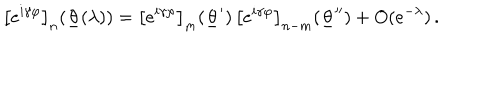
LaTeX: \left[ e ^ { i \gamma \varphi } \right] _ { n } ( \underline { { { \theta } } } ( \lambda ) ) = \left[ e ^ { i \gamma \varphi } \right] _ { m } ( \underline { { { \theta } } } ^ { \prime } ) \, \left[ e ^ { i \gamma \varphi } \right] _ { n - m } ( \underline { { { \theta } } } ^ { \prime \prime } ) + O ( e ^ { - \lambda } ) \, .